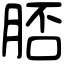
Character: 脴